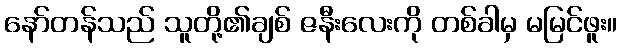
နော်တန်သည် သူတို့၏ချစ် ဇနီးလေးကို တစ်ခါမှ မမြင်ဖူး။